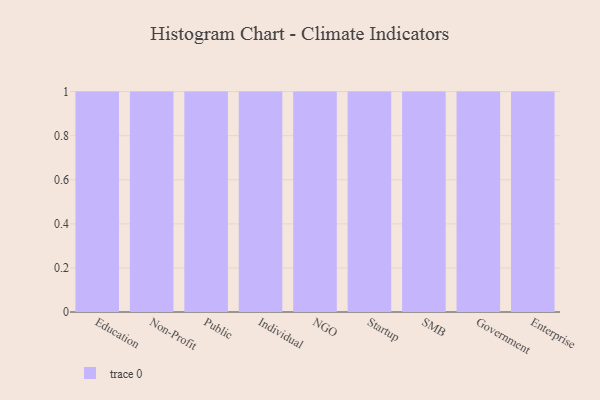
{"axis": {"x": "Segment", "y": "LTV (USD)"}, "legend": [""], "data": [{"x": "Education", "y": 10, "type": ""}, {"x": "Non-Profit", "y": 88, "type": ""}, {"x": "Public", "y": 94, "type": ""}, {"x": "Individual", "y": 65, "type": ""}, {"x": "NGO", "y": 72, "type": ""}, {"x": "Startup", "y": 91, "type": ""}, {"x": "SMB", "y": 50, "type": ""}, {"x": "Government", "y": 84, "type": ""}, {"x": "Enterprise", "y": 73, "type": ""}]}